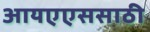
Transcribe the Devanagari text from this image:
आयएएससाठी